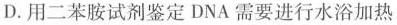
D.用二苯胺试剂鉴定DNA需要进行水浴加热